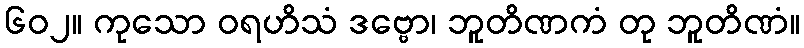
၆၀၂။ ကုသော ဝရဟိသံ ဒဗ္ဗော၊ ဘူတိဏကံ တု ဘူတိဏံ။